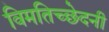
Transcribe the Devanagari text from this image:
विमतिच्छेदनी